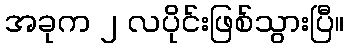
အခုက ၂ လပိုင်းဖြစ်သွားပြီ။